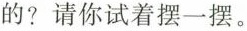
的?请你试着摆一摆。